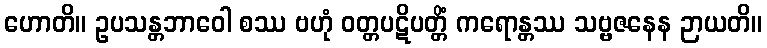
ဟောတိ။ ဥပသန္တဘာဝေါ စဿ ဗဟုံ ဝတ္တပဋိပတ္တိံ ကရောန္တဿ သဗ္ဗဇနေန ဉာယတိ။